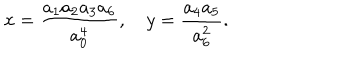
LaTeX: x = \frac { a _ { 1 } a _ { 2 } a _ { 3 } a _ { 6 } } { a _ { 0 } ^ { 4 } } , \quad y = \frac { a _ { 4 } a _ { 5 } } { a _ { 6 } ^ { 2 } } .